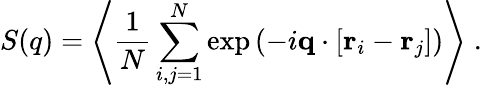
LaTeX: S(q)=\left\langle\frac{1}{N}\sum_{\substack{i,j=1}}^{N}\exp{({-i\mathbf q}\cdot[{\mathbf r}_{i}-{\mathbf r}_{j}])}\right\rangle\; .